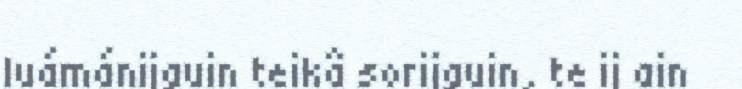
luámánijguin teikâ sorijguin, te ij ain